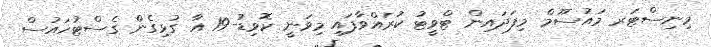
މިނިސްޓަރ މައުސޫމް މިފަދައިން ޓްވީޓު ކުރައްވާފައި މިވަނީ ކޮވިޑު-19 އާ ގުޅިގެން ގެސްޓުހައުސް